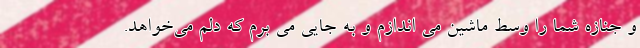
و جنازه شما را وسط ماشین می اندازم و به جایی می برم که دلم می‌خواهد.